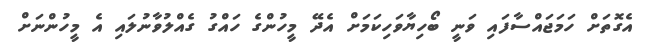
އެގޮތަށް ހަމަޖައްސާފައި ވަނީ ބޯހިޔާވަހިކަމަށް އެދޭ މީހުންގެ ހައްގު ގެއްލުވާނުލައި އެ މީހުންނަށް